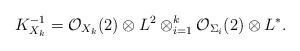
\begin{align*}K_{X_{k}}^{-1}=\mathcal{O}_{X_{k}}(2)\otimes L^{2}\otimes_{i=1}^{k} \mathcal{O}_{\Sigma_{i}}(2)\otimes L^{*}.\end{align*}